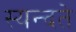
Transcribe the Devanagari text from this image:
स्यन्दते